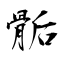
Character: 骺